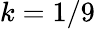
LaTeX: k=1/9